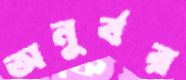
অনুর্বর